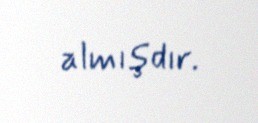
almışdır.